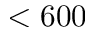
< 6 0 0